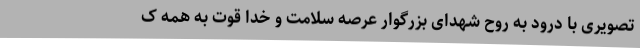
تصویری با درود به روح شهدای بزرگوار عرصه سلامت و خدا قوت به همه ک